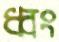
ধ্বং